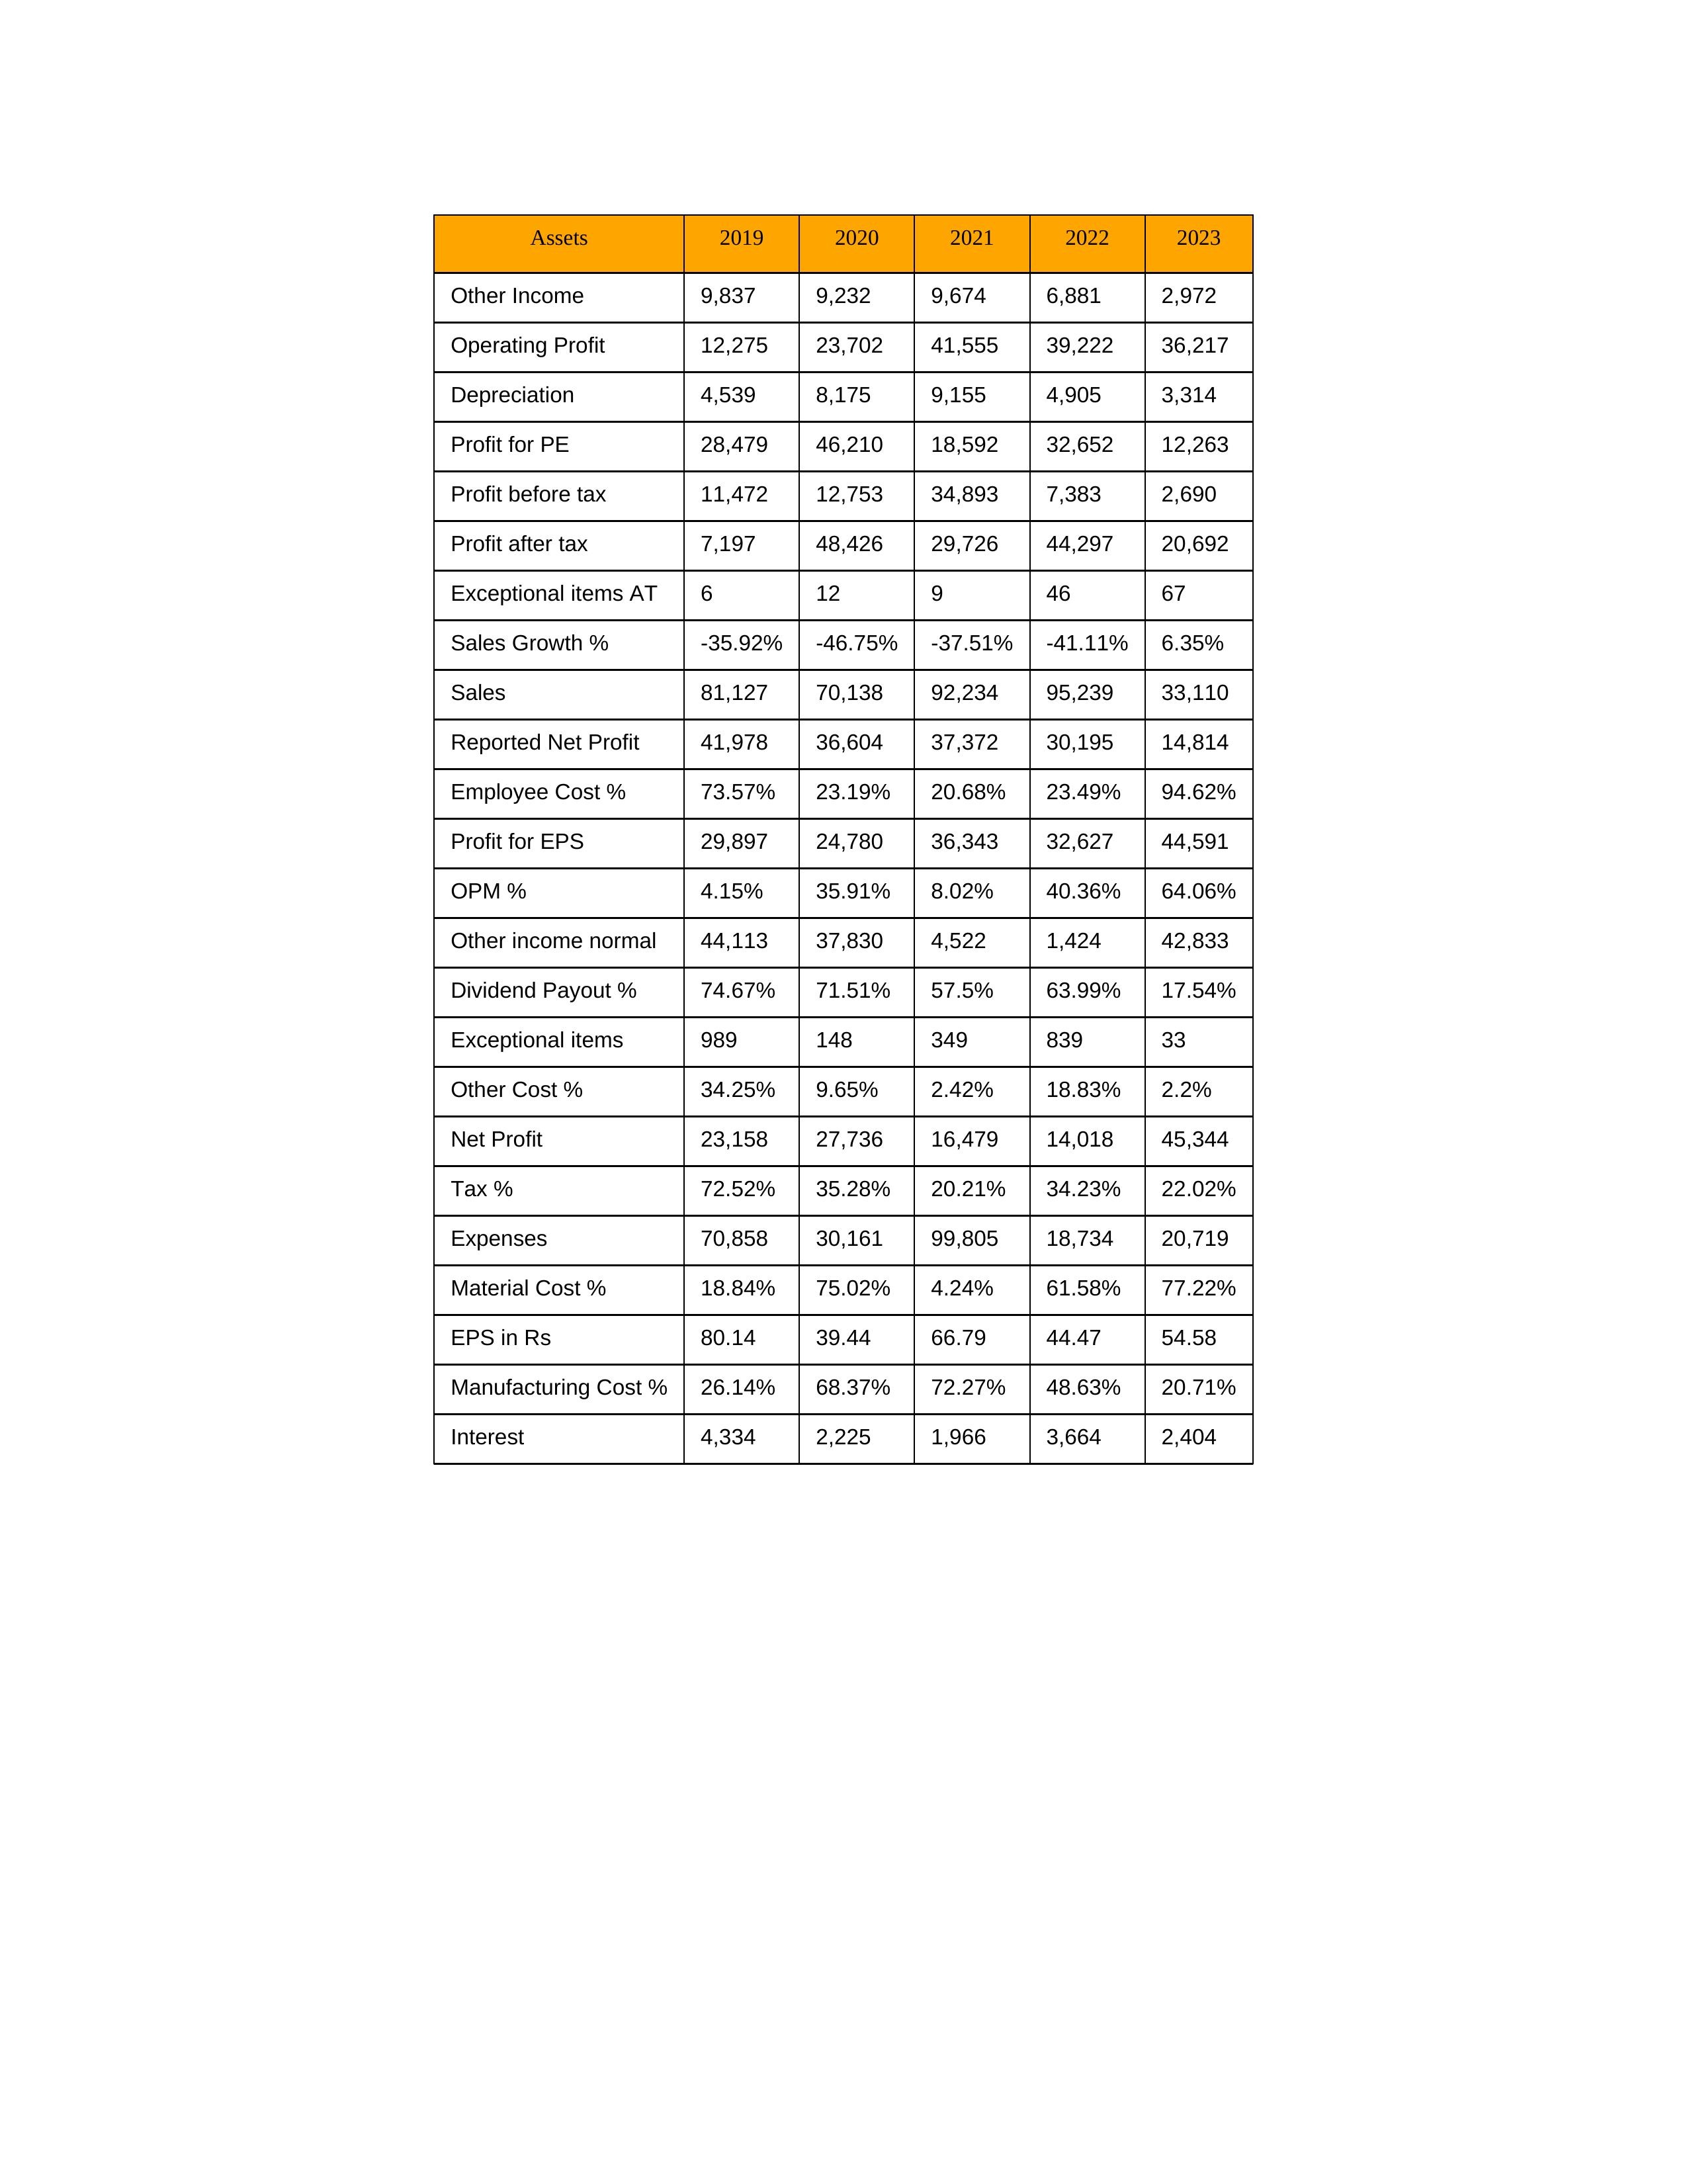
gt_parse: 2019: Sales: 81,127
Sales Growth %: -35.92%
Expenses: 70,858
Material Cost %: 18.84%
Manufacturing Cost %: 26.14%
Employee Cost %: 73.57%
Other Cost %: 34.25%
Operating Profit: 12,275
OPM %: 4.15%
Other Income: 9,837
Exceptional items: 989
Other income normal: 44,113
Interest: 4,334
Depreciation: 4,539
Profit before tax: 11,472
Tax %: 72.52%
Net Profit: 23,158
Profit after tax: 7,197
Reported Net Profit: 41,978
Profit for EPS: 29,897
Exceptional items AT: 6
Profit for PE: 28,479
EPS in Rs: 80.14
Dividend Payout %: 74.67%
2020: Sales: 70,138
Sales Growth %: -46.75%
Expenses: 30,161
Material Cost %: 75.02%
Manufacturing Cost %: 68.37%
Employee Cost %: 23.19%
Other Cost %: 9.65%
Operating Profit: 23,702
OPM %: 35.91%
Other Income: 9,232
Exceptional items: 148
Other income normal: 37,830
Interest: 2,225
Depreciation: 8,175
Profit before tax: 12,753
Tax %: 35.28%
Net Profit: 27,736
Profit after tax: 48,426
Reported Net Profit: 36,604
Profit for EPS: 24,780
Exceptional items AT: 12
Profit for PE: 46,210
EPS in Rs: 39.44
Dividend Payout %: 71.51%
2021: Sales: 92,234
Sales Growth %: -37.51%
Expenses: 99,805
Material Cost %: 4.24%
Manufacturing Cost %: 72.27%
Employee Cost %: 20.68%
Other Cost %: 2.42%
Operating Profit: 41,555
OPM %: 8.02%
Other Income: 9,674
Exceptional items: 349
Other income normal: 4,522
Interest: 1,966
Depreciation: 9,155
Profit before tax: 34,893
Tax %: 20.21%
Net Profit: 16,479
Profit after tax: 29,726
Reported Net Profit: 37,372
Profit for EPS: 36,343
Exceptional items AT: 9
Profit for PE: 18,592
EPS in Rs: 66.79
Dividend Payout %: 57.5%
2022: Sales: 95,239
Sales Growth %: -41.11%
Expenses: 18,734
Material Cost %: 61.58%
Manufacturing Cost %: 48.63%
Employee Cost %: 23.49%
Other Cost %: 18.83%
Operating Profit: 39,222
OPM %: 40.36%
Other Income: 6,881
Exceptional items: 839
Other income normal: 1,424
Interest: 3,664
Depreciation: 4,905
Profit before tax: 7,383
Tax %: 34.23%
Net Profit: 14,018
Profit after tax: 44,297
Reported Net Profit: 30,195
Profit for EPS: 32,627
Exceptional items AT: 46
Profit for PE: 32,652
EPS in Rs: 44.47
Dividend Payout %: 63.99%
2023: Sales: 33,110
Sales Growth %: 6.35%
Expenses: 20,719
Material Cost %: 77.22%
Manufacturing Cost %: 20.71%
Employee Cost %: 94.62%
Other Cost %: 2.2%
Operating Profit: 36,217
OPM %: 64.06%
Other Income: 2,972
Exceptional items: 33
Other income normal: 42,833
Interest: 2,404
Depreciation: 3,314
Profit before tax: 2,690
Tax %: 22.02%
Net Profit: 45,344
Profit after tax: 20,692
Reported Net Profit: 14,814
Profit for EPS: 44,591
Exceptional items AT: 67
Profit for PE: 12,263
EPS in Rs: 54.58
Dividend Payout %: 17.54%